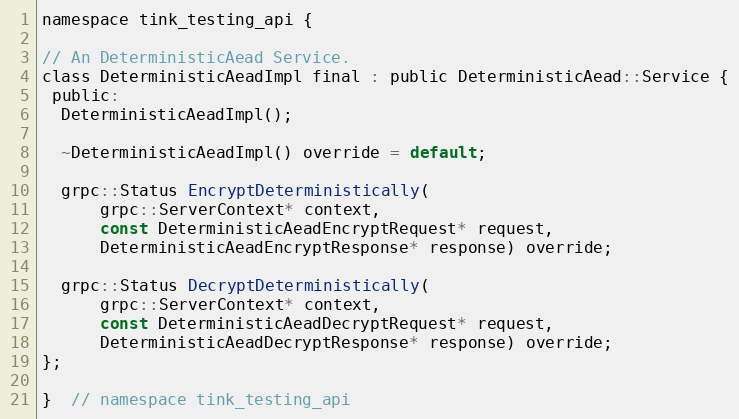
Language: C
namespace tink_testing_api {

// An DeterministicAead Service.
class DeterministicAeadImpl final : public DeterministicAead::Service {
 public:
  DeterministicAeadImpl();

  ~DeterministicAeadImpl() override = default;

  grpc::Status EncryptDeterministically(
      grpc::ServerContext* context,
      const DeterministicAeadEncryptRequest* request,
      DeterministicAeadEncryptResponse* response) override;

  grpc::Status DecryptDeterministically(
      grpc::ServerContext* context,
      const DeterministicAeadDecryptRequest* request,
      DeterministicAeadDecryptResponse* response) override;
};

}  // namespace tink_testing_api